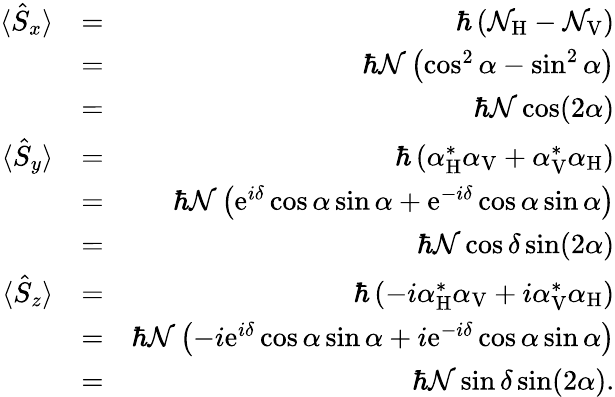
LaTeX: \begin{array}{rlr}{\langle\hat{S}_{x}\rangle}&{=}&{\hbar\left({\mathcal N}_{\mathrm{H}}-{\mathcal N}_{\mathrm{V}}\right)}\\ &{=}&{\hbar{\mathcal N}\left(\cos^{2}\alpha-\sin^{2}\alpha\right)}\\ &{=}&{\hbar{\mathcal N}\cos(2\alpha)}\\ {\langle\hat{S}_{y}\rangle}&{=}&{\hbar\left({\alpha}_{\mathrm{H}}^{*}{\alpha}_{\mathrm{V}}+{\alpha}_{\mathrm{V}}^{*}{\alpha}_{\mathrm{H}}\right)}\\ &{=}&{\hbar{\mathcal N}\left(\mathrm{e}^{i\delta}\cos\alpha\sin\alpha+\mathrm{e}^{-i\delta}\cos\alpha\sin\alpha\right)}\\ &{=}&{\hbar{\mathcal N}\cos{\delta}\sin(2\alpha)}\\ {\langle\hat{S}_{z}\rangle}&{=}&{\hbar\left(-i{\alpha}_{\mathrm{H}}^{*}{\alpha}_{\mathrm{V}}+i{\alpha}_{\mathrm{V}}^{*}{\alpha}_{\mathrm{H}}\right)}\\ &{=}&{\hbar{\mathcal N}\left(-i\mathrm{e}^{i\delta}\cos\alpha\sin\alpha+i\mathrm{e}^{-i\delta}\cos\alpha\sin\alpha\right)}\\ &{=}&{\hbar{\mathcal N}\sin{\delta}\sin(2\alpha).}\end{array}